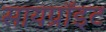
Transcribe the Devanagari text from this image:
सायप्रॉइट